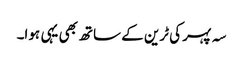
سہ پہر کی ٹرین کے ساتھ بھی یہی ہوا۔